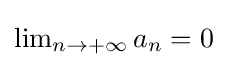
{\textstyle \lim _{n\to +\infty }a_{n}=0}